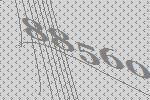
88560